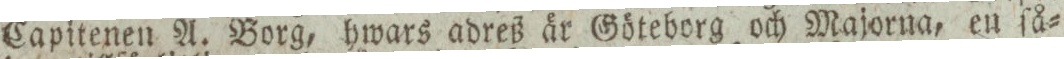
Capitenen A. Borg, hwars adreß är Göteborg och Majorna, en ſå=